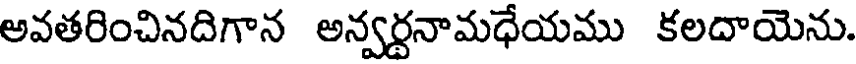
అవతరించినదిగాన అన్వర్థనామధేయము కలదాయెను.